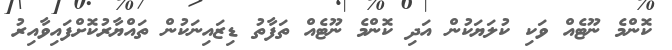
ކޮންމެ ނޫޓެއް ވަކި ކުލަޔަކުން އަދި ކޮންމެ ނޫޓެއް ތަފާތު ޑިޒައިނަކުން ތައްޔާރުކޮށްފައިވާއިރު